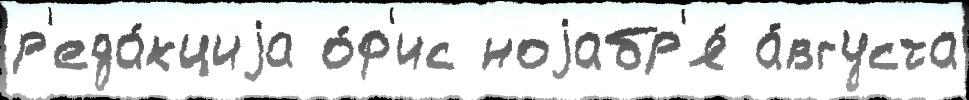
р'еда́кциjа о́ф'ис ноjабр'я́ а́вгуста